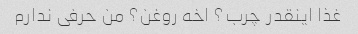
غذا اینقدر چرب؟ اخه روغن؟ من حرفی ندارم